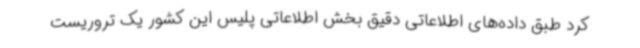
کرد طبق داده‌های اطلاعاتی دقیق بخش اطلاعاتی پلیس این کشور یک تروریست